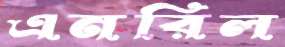
এনরিল